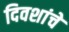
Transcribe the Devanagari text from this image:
दिवशांचे